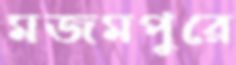
মজমপুরে